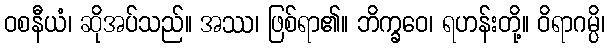
ဝစနီယံ၊ ဆိုအပ်သည်။ အဿ၊ ဖြစ်ရာ၏။ ဘိက္ခဝေ၊ ရဟန်းတို့။ ဝိရာဂမ္ပိ၊